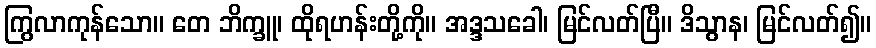
ကြွလာကုန်သော။ တေ ဘိက္ခူ၊ ထိုရဟန်းတို့ကို။ အဒ္ဒသခေါ၊ မြင်လတ်ပြီ။ ဒိသွာန၊ မြင်လတ်၍။